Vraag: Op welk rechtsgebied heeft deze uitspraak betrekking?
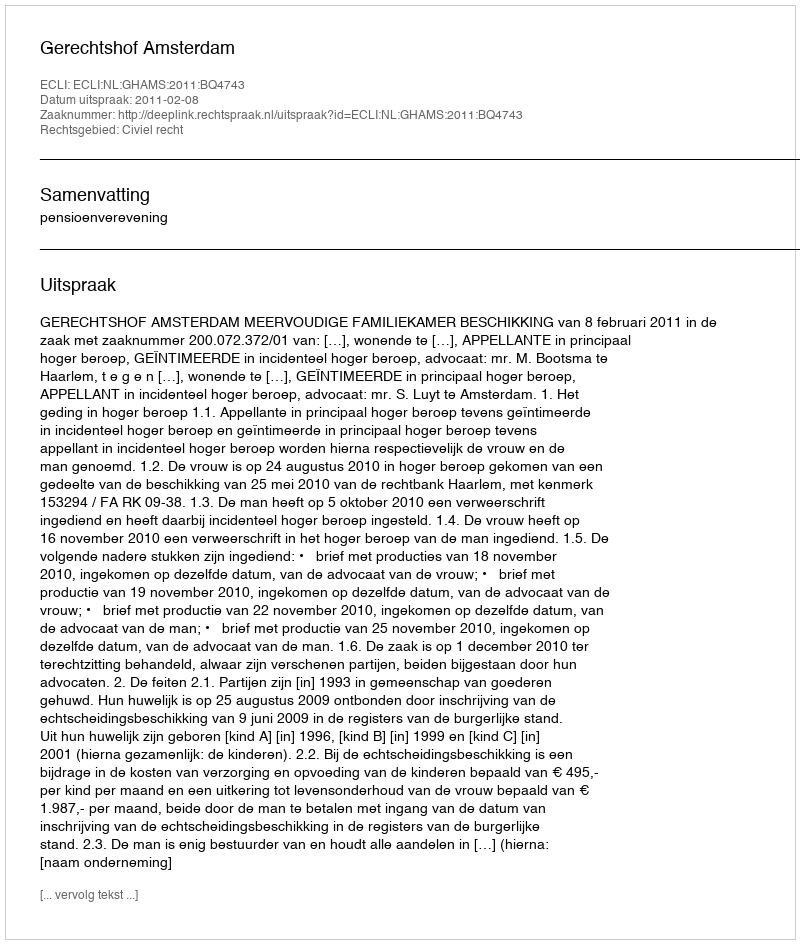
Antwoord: Civiel recht